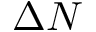
\Delta N